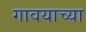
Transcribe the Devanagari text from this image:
गावयाच्या